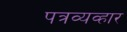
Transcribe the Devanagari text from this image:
पत्रव्यव्हार